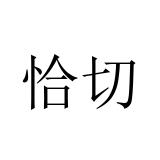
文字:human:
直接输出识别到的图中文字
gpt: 恰切